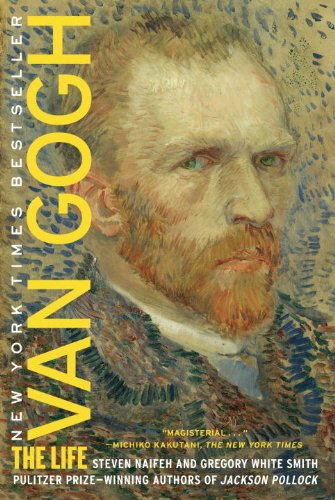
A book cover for Van Gogh: The Life; Steven Naifeh; Arts & Photography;